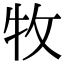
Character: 牧